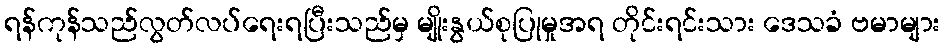
ရန်ကုန်သည်လွတ်လပ်ရေးရပြီးသည်မှ မျိုးနွယ်စုပြုမှုအရ တိုင်းရင်းသား ဒေသခံ ဗမာများ